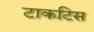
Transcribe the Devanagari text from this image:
टाकटिस